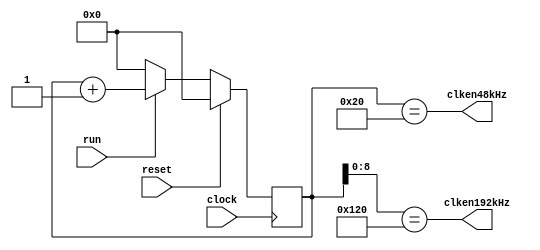
`timescale 1ns / 1ps
//////////////////////////////////////////////////////////////////////////////////
/*
Clock enable generator for the FM Stereo modulator
 
jca@fe.up.pt, Dec 2018

	This Verilog code is property of University of Porto
	Its utilization beyond the scope of the course Digital Systems Design
	(Projeto de Sistemas Digitais) of the Integrated Master in Electrical 
	and Computer Engineering requires explicit authorization from the author.
*/

	module clockenablegen(
              input clock,
			  input reset,
			  input run,
			  output clken48kHz,
			  output clken192kHz
			  );
			  
parameter PULSEPOS_192K =    9'b1_0010_0000;			  
// parameter PULSEPOS_192K =      8'b1001_0000;   // uncomment for 384 kHz			  
parameter PULSEPOS_48K  = 11'b000_0010_0000;	
/*-------------------------------------------------------------------------
 The two parameters define the relative position of the clock enable pulses
 Using these parameters the clk enable pulses are:
 first clken48kHz appears 32 clock cycles after releasing the reset
 first clken192kHz appears 256 clock cycles the first clken48k pulse
             ___
 reset:  ___|   |________________________________________________________
                 <-  32  ->
                         _                                      _
 en48k:  _______________| |____________________________________| |_______
                         <- 256 ->      <-  512   ->
                                _        _        _        _         _
 en192k: ______________________| |______| |______| |______| |_______| |__
 
--------------------------------------------------------------------------*/		  

reg [10:0] clkdivcount;

always @(posedge clock)
if ( reset )
  clkdivcount <= 11'd0; 
else
  if ( run )
    clkdivcount <= clkdivcount + 11'd1;
  else
    clkdivcount <= 11'd0;

assign #1 clken192kHz = ( clkdivcount[ 8:0] == PULSEPOS_192K );
// assign #1 clken192kHz = ( clkdivcount[ 7:0] == PULSEPOS_192K ); // uncomment for 384 kHz
assign #1 clken48kHz  = ( clkdivcount[10:0] == PULSEPOS_48K );

endmodule